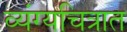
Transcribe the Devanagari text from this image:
व्यंग्यचित्रात